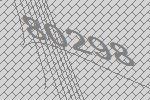
80298